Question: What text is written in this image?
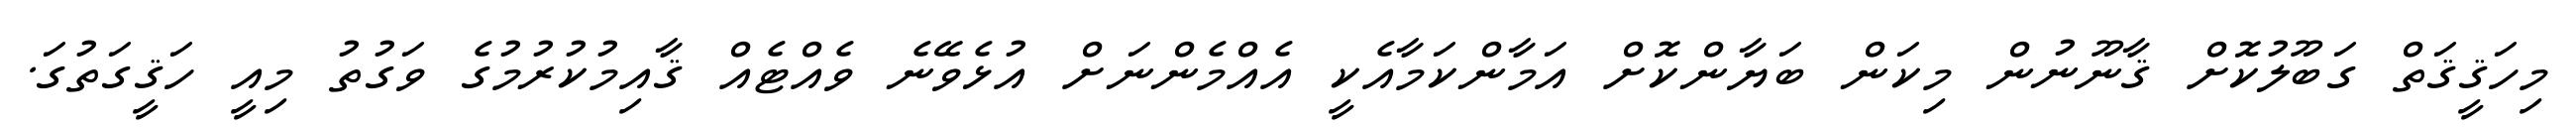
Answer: މިހަޤީޤަތް ގަބޫލުކޮށް ޤާނޫނުން މިކަން ބަޔާންކޮށް އަމާންކަމާއެކީ އެއްމެންނަށް އުޅެވޭނެ ވެއްޓެއް ޤާއިމުކުރުމުގެ ވަގުތު މިއީ ހަޤީގަތުގަ.